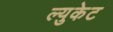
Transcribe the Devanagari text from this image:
ल्युकेट